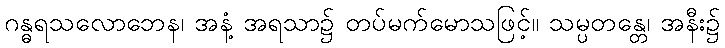
ဂန္ဓရသလောဘေန၊ အနံ့ အရသာ၌ တပ်မက်မောသဖြင့်။ သမ္ပတန္တေ၊ အနီး၌